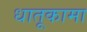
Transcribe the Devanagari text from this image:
धातूकामा